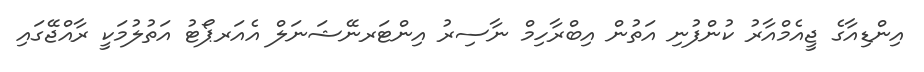
އިންޑިއާގެ ޖީއެމްއާރު ކުންފުނި އަތުން އިބްރާހިމް ނާސިރު އިންޓަރނޭޝަނަލް އެއަރޕޯޓު އަތުލުމަކީ ރާއްޖޭގައި